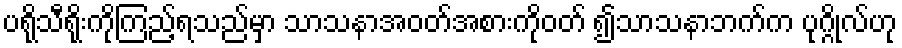
ပရိုသီရိုးကိုကြည့်ရသည်မှာ သာသနာအဝတ်အစားကိုဝတ် ၍သာသနာဘက်က ပုဂ္ဂိုလ်ဟု